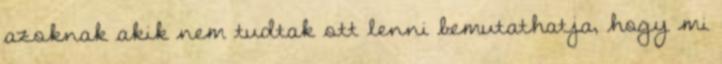
azoknak akik nem tudtak ott lenni bemutathatja, hogy mi